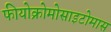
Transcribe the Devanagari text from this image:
फीयोक्रोमोसाइटोमास